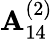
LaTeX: {\mathbf{A}}_{14}^{(2)}